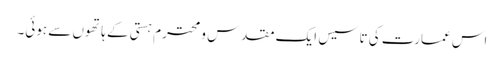
اس عمارت کی تاسیس ایک مقدس و محترم ہستی کے ہاتھوں سے ہوئی۔